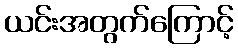
ယင်းအတွက်ကြောင့်